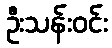
ဦးသန်းဝင်း